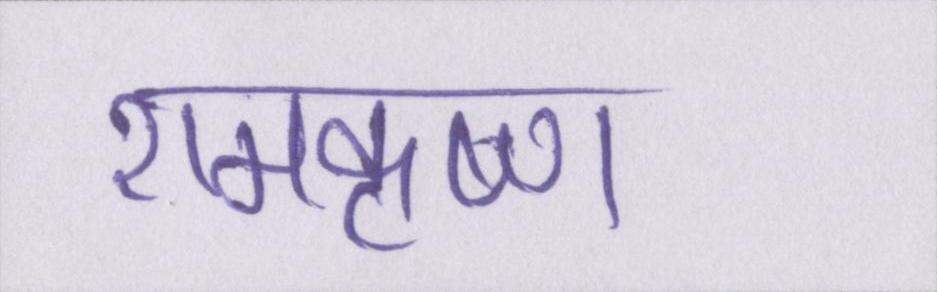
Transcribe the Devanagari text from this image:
रामकृष्ण